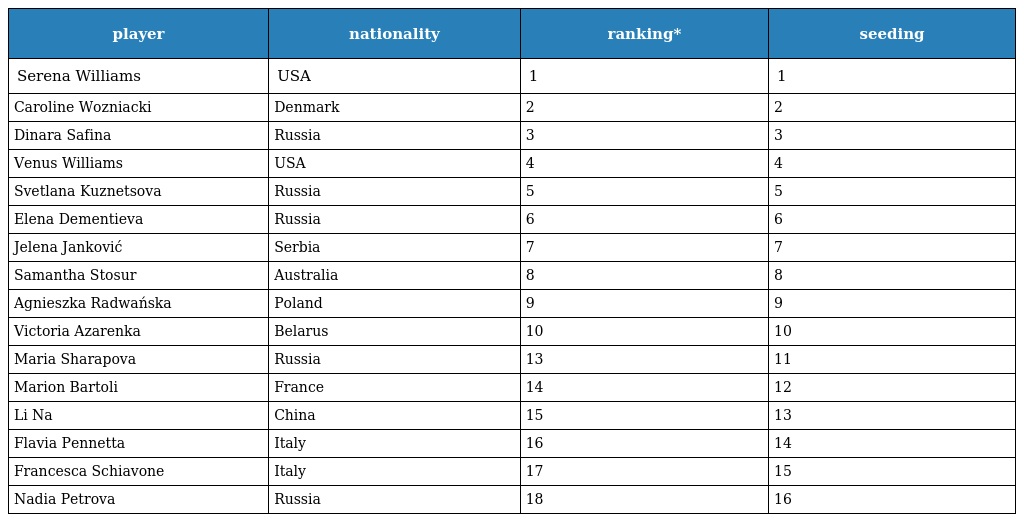
| player | nationality | ranking* | seeding |
 | --- | --- | --- | --- |
 | Serena Williams | USA | 1 | 1 |
 | Caroline Wozniacki | Denmark | 2 | 2 |
 | Dinara Safina | Russia | 3 | 3 |
 | Venus Williams | USA | 4 | 4 |
 | Svetlana Kuznetsova | Russia | 5 | 5 |
 | Elena Dementieva | Russia | 6 | 6 |
 | Jelena Janković | Serbia | 7 | 7 |
 | Samantha Stosur | Australia | 8 | 8 |
 | Agnieszka Radwańska | Poland | 9 | 9 |
 | Victoria Azarenka | Belarus | 10 | 10 |
 | Maria Sharapova | Russia | 13 | 11 |
 | Marion Bartoli | France | 14 | 12 |
 | Li Na | China | 15 | 13 |
 | Flavia Pennetta | Italy | 16 | 14 |
 | Francesca Schiavone | Italy | 17 | 15 |
 | Nadia Petrova | Russia | 18 | 16 |